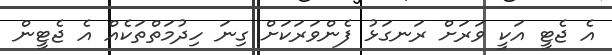
އެ ޖެޓީ އަކީ ވަރަށް ރަނގަޅު ފެންވަރަކަށް ގިނަ ހިދުމަތްތަކެއް އެ ޖެޓީން